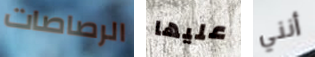
الرصاصات عليها أنني